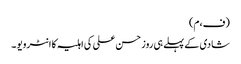
(ف،م)
شادی کے پہلے ہی روز حسن علی کی اہلیہ کا انٹرویو ۔